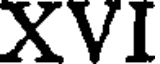
XVI